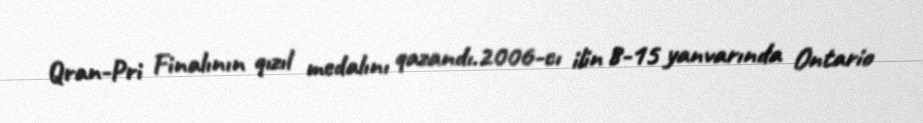
Qran-Pri Finalının qızıl medalını qazandı.2006-cı ilin 8-15 yanvarında Ontario